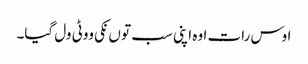
اوس رات اوہ اپنی سب تو ں نکی ووٹی ول گیا۔